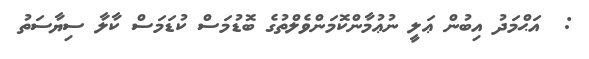
:  އަޙްމަދު އިބުން ޢަލީ ނުޢުމާންކޮމަންވެލްތުގެ ބޮޑުމަސް ކުޑަމަސް ކާލާ ސިޔާސަތު